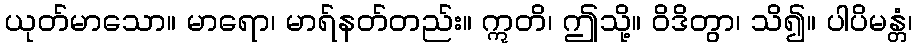
ယုတ်မာသော။ မာရော၊ မာရ်နတ်တည်း။ ဣတိ၊ ဤသို့။ ဝိဒိတွာ၊ သိ၍။ ပါပိမန္တံ၊